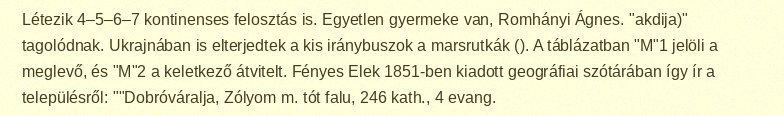
Létezik 4–5–6–7 kontinenses felosztás is. Egyetlen gyermeke van, Romhányi Ágnes. "akdija)" tagolódnak. Ukrajnában is elterjedtek a kis iránybuszok a marsrutkák (). A táblázatban "M"1 jelöli a meglevő, és "M"2 a keletkező átvitelt. Fényes Elek 1851-ben kiadott geográfiai szótárában így ír a településről: ""Dobróváralja, Zólyom m. tót falu, 246 kath., 4 evang.